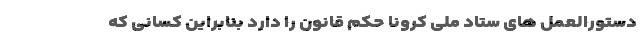
دستورالعمل های ستاد ملی کرونا حکم قانون را دارد بنابراین کسانی که